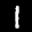
Label: 1